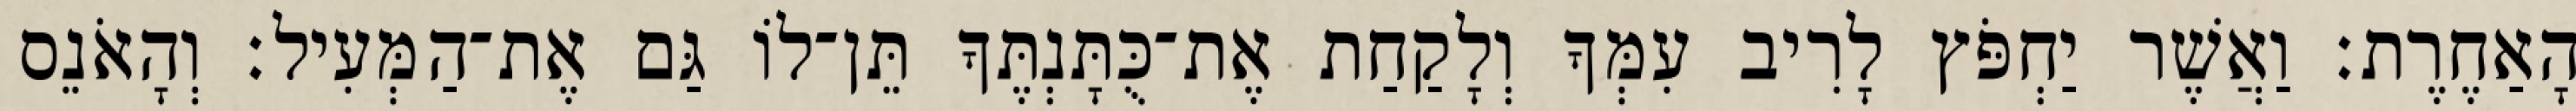
הָאַחֶרֶת׃ וַאֲשֶׁר יַחְפֹּץ לָרִיב עִמְּךָ וְלָקַחַת אֶת־כֻּתָּנְתֶּךָ תֵּן־לוֹ גַּם אֶת־הַמְּעִיל׃ וְהָאֹנֵס